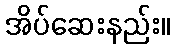
အိပ်ဆေးနည်း။